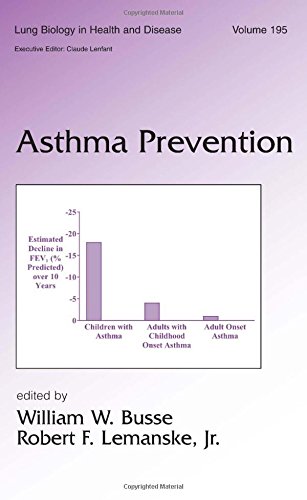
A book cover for Asthma Prevention (Lung Biology in Health and Disease); Health, Fitness & Dieting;